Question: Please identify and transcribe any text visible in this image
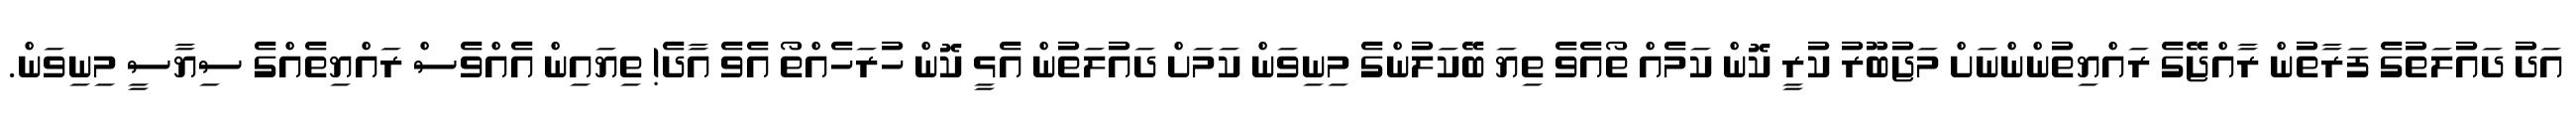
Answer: އަދު ދައުލަތުގެ ފަރާތުން ރާއްޖޭގެ ރައްޔިތުންންނަށް މަޖުބޫރު ކުރީ ކޮން ކަމެއް ތޯއެވެ ތިޔަ ބޭކަލުންގެ މިނިވަން ކަމަށް ދައުލަތުން އެޅީ ކޮން ހުރަހެއްތޯ އެވެ އާދެ! ތިޔައިން އެއްވެސް ރައްޔިތެއްގެ ސިޔާސީ މިނިވަން.